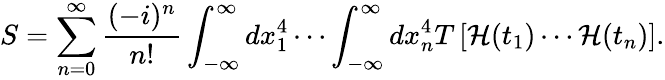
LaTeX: S=\sum_{n=0}^{\infty}{\frac{(-i)^{n}}{n!}}\int_{-\infty}^{\infty}dx_{1}^{4}\cdots\int_{-\infty}^{\infty}dx_{n}^{4}T\left[{\mathcal{H}}(t_{1})\cdots{\mathcal{H}}(t_{n})\right].